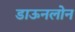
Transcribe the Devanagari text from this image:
डाऊनलोन